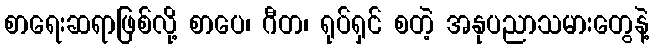
စာရေးဆရာဖြစ်လို့ စာပေ၊ ဂီတ၊ ရုပ်ရှင် စတဲ့ အနုပညာသမားတွေနဲ့